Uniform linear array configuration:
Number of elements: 64
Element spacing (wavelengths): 1
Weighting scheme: binomial
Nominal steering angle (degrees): -45
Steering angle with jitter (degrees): -44.071
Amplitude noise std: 0.05
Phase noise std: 0.05

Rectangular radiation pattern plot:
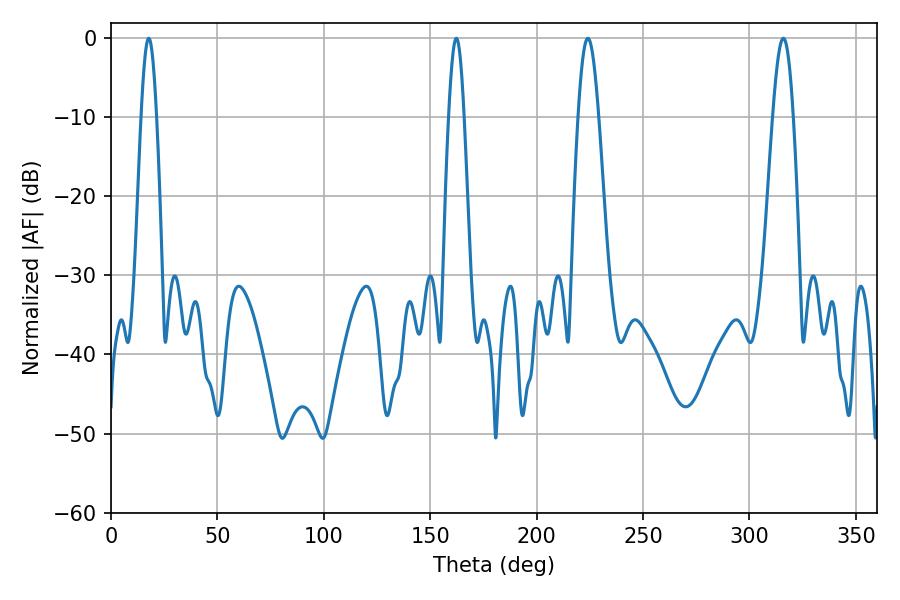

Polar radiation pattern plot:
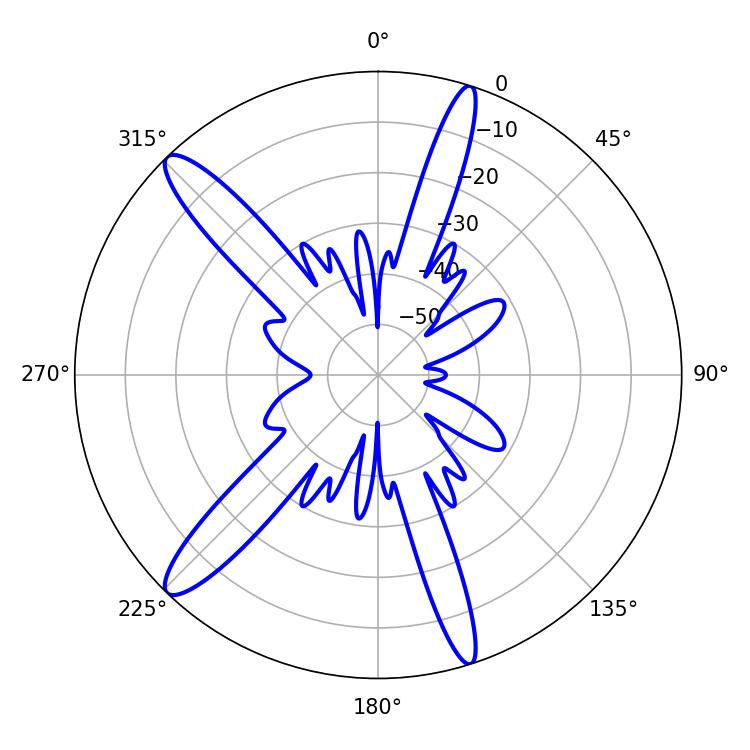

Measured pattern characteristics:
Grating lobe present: TRUE
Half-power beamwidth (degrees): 5.22
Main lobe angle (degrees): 224.1